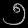
Digit: ၅